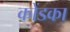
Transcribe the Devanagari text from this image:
कोंडका